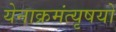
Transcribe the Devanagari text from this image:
येनाक्रमंत्यृषयो